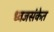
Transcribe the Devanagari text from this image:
ध्वजसंकेत